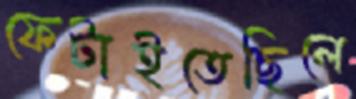
ফেটাইতেছিলে